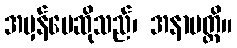
အမှန်ပေဆိုသည်၊ အနာပတ္တိ။